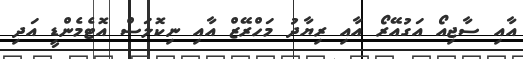
އާއި ސާޖިއޯ އަގުއޭރޯ އާއި ރިޔާދު މަހްރޭޒް އާއި ނިކޮލަސް އޮޓެމެންޑީ އަދި